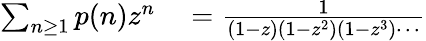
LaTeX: \begin{array}{rl}{\sum_{n\geq 1}p(n)z^{n}}&{{}={\frac{1}{(1-z)(1-z^{2})(1-z^{3})\cdots}}}\end{array}